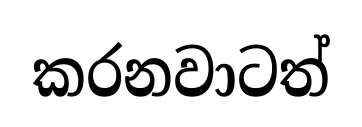
කරනවාටත්